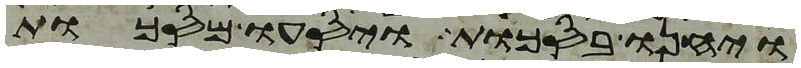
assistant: ויחנו בסכות ויסעו מסכות